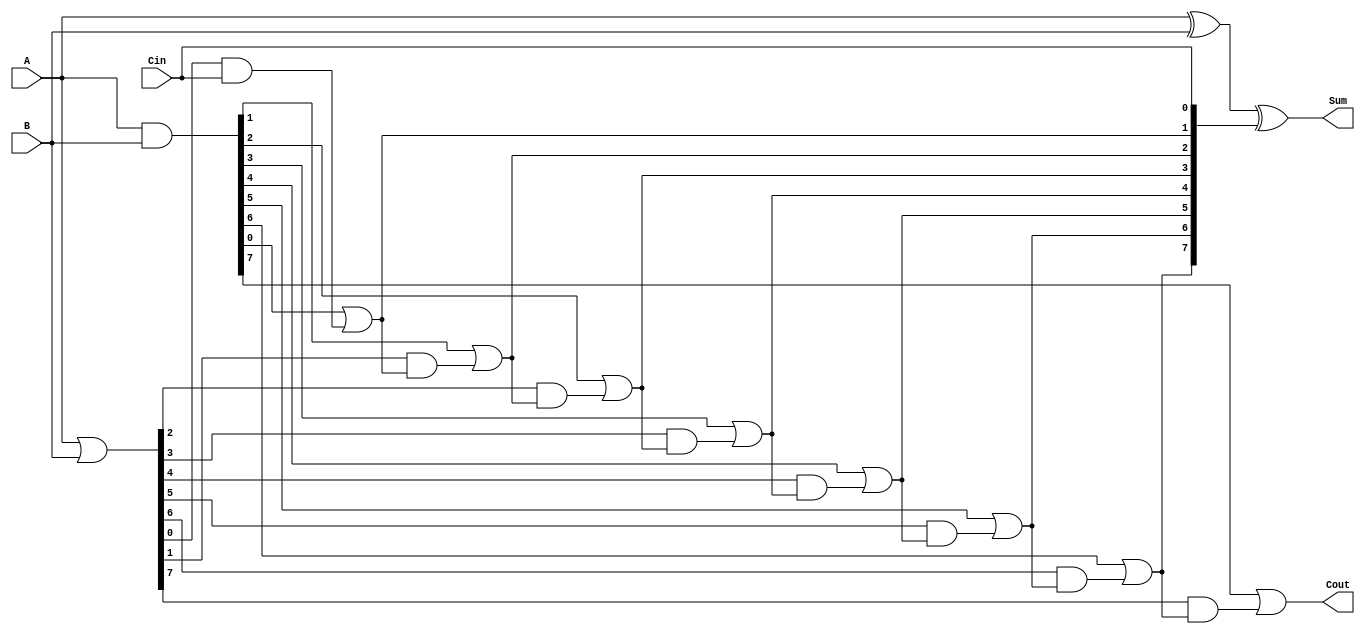
module LingAdder #(
    parameter n = 8 // You can change this parameter for different bit width
) (
    input  [n-1:0] A,   // First n-bit binary number
    input  [n-1:0] B,   // Second n-bit binary number
    input         Cin,   // Input carry
    output [n-1:0] Sum,  // n-bit sum output
    output        Cout   // Carry out
);

    // Generate and Propagate signals
    wire [n-1:0] G; // Generate signals
    wire [n-1:0] P; // Propagate signals
    wire [n:0] C;   // Carry signals

    // Generate logic: G[i] = A[i] & B[i]
    assign G = A & B;

    // Propagate logic: P[i] = A[i] | B[i]
    assign P = A | B;

    // Carry generation
    assign C[0] = Cin; // Initial carry is Cin

    // Generate carry signals based on the logic described
    genvar i;
    generate
        for (i = 0; i < n; i = i + 1) begin : carry_gen
            if (i == 0) begin
                // C[0] is already assigned to Cin
                assign C[i] = C[0];
            end else begin
                assign C[i] = G[i-1] | (P[i-1] & C[i-1]);
            end
        end
    endgenerate

    // Sum calculation: Sum[i] = A[i] ^ B[i] ^ C[i]
    assign Sum = A ^ B ^ C[n-1:0];

    // Carry out calculation: Cout = G[n-1] | (P[n-1] & C[n-1])
    assign Cout = G[n-1] | (P[n-1] & C[n-1]);

endmodule